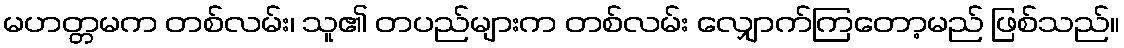
မဟတ္တမက တစ်လမ်း၊ သူ၏ တပည်များက တစ်လမ်း လျှောက်ကြတော့မည် ဖြစ်သည်။